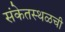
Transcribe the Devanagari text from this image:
संकेतस्थळची